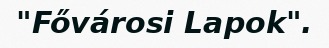
"Fővárosi Lapok".